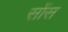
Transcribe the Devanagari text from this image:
सोंस